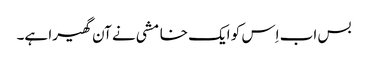
بس اب اِس کو ایک خامشی نے آن گھیرا ہے۔